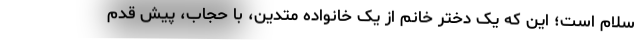
سلام است؛ این که یک دختر خانم از یک خانواده متدین، با حجاب، پیش قدم